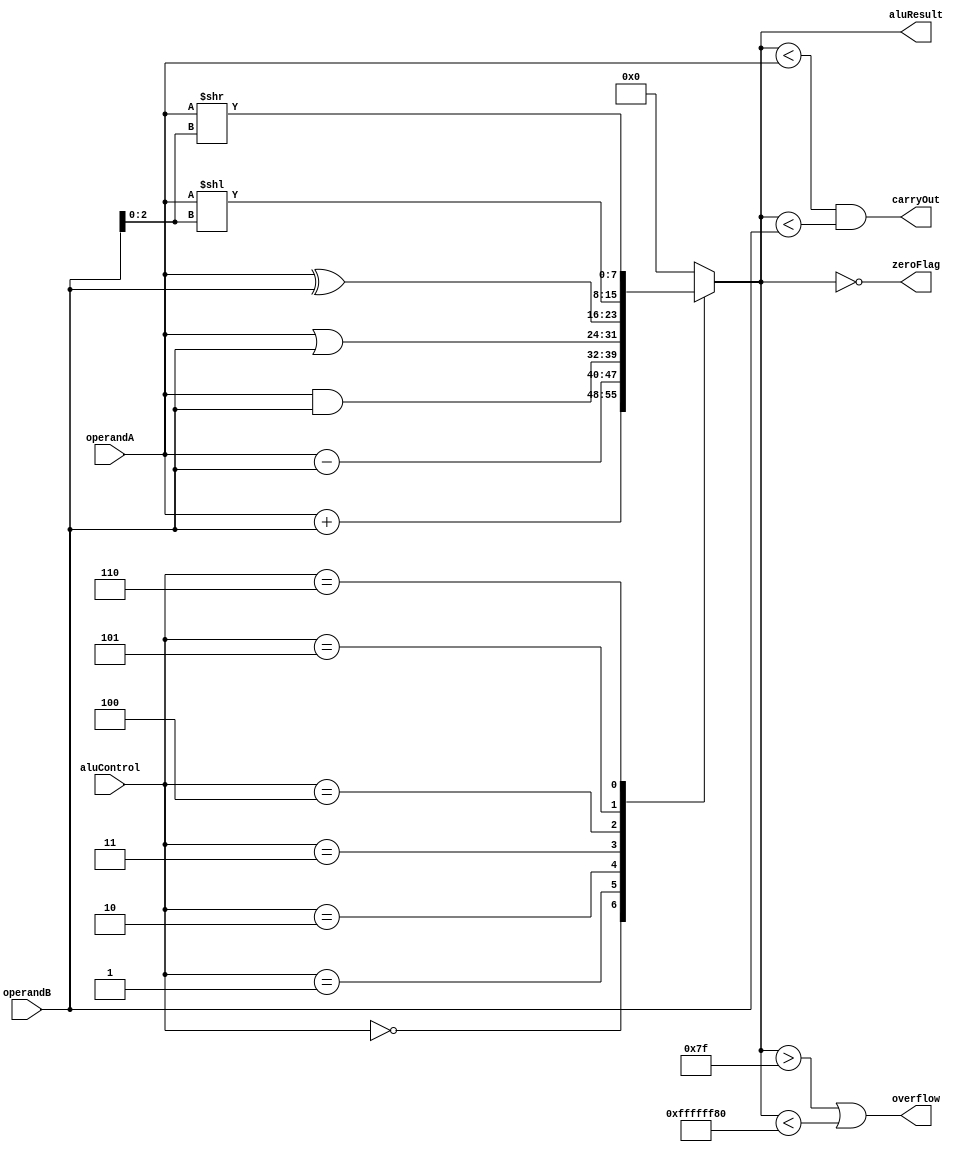
module alu (
    input [7:0] operandA,
    input [7:0] operandB,
    input [2:0] aluControl,
    output reg [7:0] aluResult,
    output reg zeroFlag,
    output reg carryOut,
    output reg overflow
);

always @(*) begin
    case (aluControl)
        3'b000: aluResult = operandA + operandB; // Addition
        3'b001: aluResult = operandA - operandB; // Subtraction
        3'b010: aluResult = operandA & operandB; // Bitwise AND
        3'b011: aluResult = operandA | operandB; // Bitwise OR
        3'b100: aluResult = operandA ^ operandB; // Bitwise XOR
        3'b101: aluResult = operandA << operandB[2:0]; // Shift left
        3'b110: aluResult = operandA >> operandB[2:0]; // Shift right
        default: aluResult = 8'b0; // Default output
    endcase
end

always @(*) begin
    zeroFlag = (aluResult == 0);
    carryOut = (aluResult < operandA && aluResult < operandB);
    overflow = (aluResult > 127 || aluResult < -128);
end

endmodule